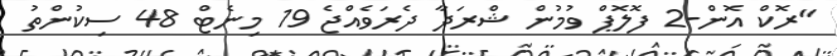
"ރޮކް އޮން-2 ފޮލޮޕް ވުމުން ޝްރަދާ ދެރަވެއްޖެ 19 މިނެޓް 48 ސިކުންތު